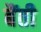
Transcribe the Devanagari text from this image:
बैंती